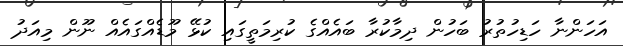
އަހަންނާ ހަޑިހުތުރު ބަހުން ދިމާކުރާ ބައެއްގެ ކުރިމަތީގައި ކުޅޭ މޫޑެއްގައެއް ނޫން މިއަދު